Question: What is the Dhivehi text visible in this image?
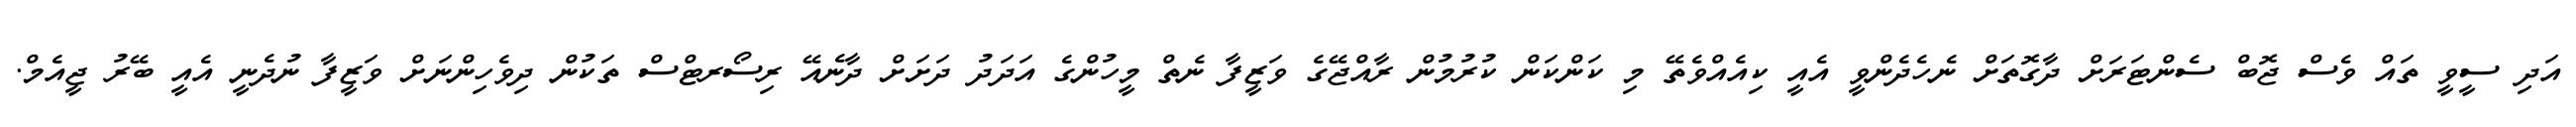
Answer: އަދި ސީވީ ތައް ވެސް ޖޮބް ސެންޓަރަށް ދާގޮތަށް ނެހެދެންވީ އެއީ ކިއެއްވެތޭ މި ކަންކަން ކުރުމުން ރާއްޖޭގެ ވަޒީފާ ނެތް މީހުންގެ އަދަދު ދަށަށް ދާނެއޭ ރިސޯރޓްސް ތަކުން ދިވެހިންނަށް ވަޒީފާ ނުދެނީ އެއީ ބޭރު ޖީއެމް.